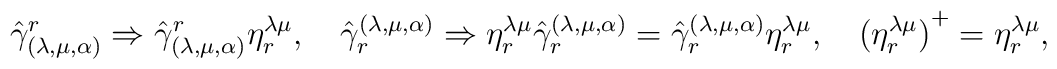
{\hat{\gamma}}_{(\lambda,\mu,\alpha)}^{r}\Rightarrow{\hat{\gamma}}_{(\lambda,\mu,\alpha)}^{r}\eta_{r}^{\lambda\mu},\quad{\hat{\gamma}}^{(\lambda,\mu,\alpha)}_{r}\Rightarrow\eta_{r}^{\lambda\mu}{\hat{\gamma}}^{(\lambda,\mu,\alpha)}_{r}={\hat{\gamma}}^{(\lambda,\mu,\alpha)}_{r}\eta_{r}^{\lambda\mu},\quad{(\eta_{r}^{\lambda\mu})}^{+}=\eta_{r}^{\lambda\mu},